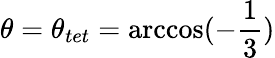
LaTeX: \theta=\theta_{tet}=\operatorname{arccos}(-\frac{1}{3})